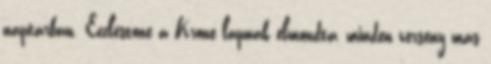
naptárban. Ecclestone a Krone lapnak elmondta, minden verseny más